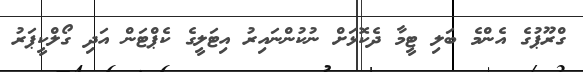
ގްރޫޕުގެ އެންމެ ބަލި ޓީމާ ދެކޮޅަށް ނުކުންނައިރު އިޓަލީގެ ކެޕްޓަން އަދި ގޯލްކީޕަރު